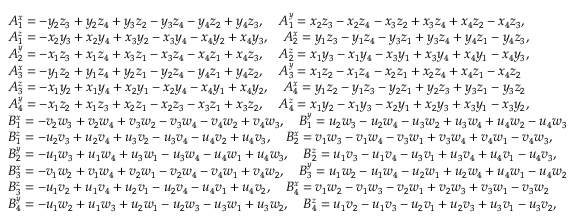
\small \begin{array} { r l } & { A _ { 1 } ^ { x } = - y _ { 2 } z _ { 3 } + y _ { 2 } z _ { 4 } + y _ { 3 } z _ { 2 } - y _ { 3 } z _ { 4 } - y _ { 4 } z _ { 2 } + y _ { 4 } z _ { 3 } , \quad A _ { 1 } ^ { y } = x _ { 2 } z _ { 3 } - x _ { 2 } z _ { 4 } - x _ { 3 } z _ { 2 } + x _ { 3 } z _ { 4 } + x _ { 4 } z _ { 2 } - x _ { 4 } z _ { 3 } , } \\ & { A _ { 1 } ^ { z } = - x _ { 2 } y _ { 3 } + x _ { 2 } y _ { 4 } + x _ { 3 } y _ { 2 } - x _ { 3 } y _ { 4 } - x _ { 4 } y _ { 2 } + x _ { 4 } y _ { 3 } , \quad A _ { 2 } ^ { x } = y _ { 1 } z _ { 3 } - y _ { 1 } z _ { 4 } - y _ { 3 } z _ { 1 } + y _ { 3 } z _ { 4 } + y _ { 4 } z _ { 1 } - y _ { 4 } z _ { 3 } , } \\ & { A _ { 2 } ^ { y } = - x _ { 1 } z _ { 3 } + x _ { 1 } z _ { 4 } + x _ { 3 } z _ { 1 } - x _ { 3 } z _ { 4 } - x _ { 4 } z _ { 1 } + x _ { 4 } z _ { 3 } , \quad A _ { 2 } ^ { z } = x _ { 1 } y _ { 3 } - x _ { 1 } y _ { 4 } - x _ { 3 } y _ { 1 } + x _ { 3 } y _ { 4 } + x _ { 4 } y _ { 1 } - x _ { 4 } y _ { 3 } , } \\ & { A _ { 3 } ^ { x } = - y _ { 1 } z _ { 2 } + y _ { 1 } z _ { 4 } + y _ { 2 } z _ { 1 } - y _ { 2 } z _ { 4 } - y _ { 4 } z _ { 1 } + y _ { 4 } z _ { 2 } , \quad A _ { 3 } ^ { y } = x _ { 1 } z _ { 2 } - x _ { 1 } z _ { 4 } - x _ { 2 } z _ { 1 } + x _ { 2 } z _ { 4 } + x _ { 4 } z _ { 1 } - x _ { 4 } z _ { 2 } } \\ & { A _ { 3 } ^ { z } = - x _ { 1 } y _ { 2 } + x _ { 1 } y _ { 4 } + x _ { 2 } y _ { 1 } - x _ { 2 } y _ { 4 } - x _ { 4 } y _ { 1 } + x _ { 4 } y _ { 2 } , \quad A _ { 4 } ^ { x } = y _ { 1 } z _ { 2 } - y _ { 1 } z _ { 3 } - y _ { 2 } z _ { 1 } + y _ { 2 } z _ { 3 } + y _ { 3 } z _ { 1 } - y _ { 3 } z _ { 2 } } \\ & { A _ { 4 } ^ { y } = - x _ { 1 } z _ { 2 } + x _ { 1 } z _ { 3 } + x _ { 2 } z _ { 1 } - x _ { 2 } z _ { 3 } - x _ { 3 } z _ { 1 } + x _ { 3 } z _ { 2 } , \quad A _ { 4 } ^ { z } = x _ { 1 } y _ { 2 } - x _ { 1 } y _ { 3 } - x _ { 2 } y _ { 1 } + x _ { 2 } y _ { 3 } + x _ { 3 } y _ { 1 } - x _ { 3 } y _ { 2 } , } \\ & { B _ { 1 } ^ { x } = - v _ { 2 } w _ { 3 } + v _ { 2 } w _ { 4 } + v _ { 3 } w _ { 2 } - v _ { 3 } w _ { 4 } - v _ { 4 } w _ { 2 } + v _ { 4 } w _ { 3 } , \quad B _ { 1 } ^ { y } = u _ { 2 } w _ { 3 } - u _ { 2 } w _ { 4 } - u _ { 3 } w _ { 2 } + u _ { 3 } w _ { 4 } + u _ { 4 } w _ { 2 } - u _ { 4 } w _ { 3 } } \\ & { B _ { 1 } ^ { z } = - u _ { 2 } v _ { 3 } + u _ { 2 } v _ { 4 } + u _ { 3 } v _ { 2 } - u _ { 3 } v _ { 4 } - u _ { 4 } v _ { 2 } + u _ { 4 } v _ { 3 } , \quad B _ { 2 } ^ { x } = v _ { 1 } w _ { 3 } - v _ { 1 } w _ { 4 } - v _ { 3 } w _ { 1 } + v _ { 3 } w _ { 4 } + v _ { 4 } w _ { 1 } - v _ { 4 } w _ { 3 } , } \\ & { B _ { 2 } ^ { y } = - u _ { 1 } w _ { 3 } + u _ { 1 } w _ { 4 } + u _ { 3 } w _ { 1 } - u _ { 3 } w _ { 4 } - u _ { 4 } w _ { 1 } + u _ { 4 } w _ { 3 } , \quad B _ { 2 } ^ { z } = u _ { 1 } v _ { 3 } - u _ { 1 } v _ { 4 } - u _ { 3 } v _ { 1 } + u _ { 3 } v _ { 4 } + u _ { 4 } v _ { 1 } - u _ { 4 } v _ { 3 } , } \\ & { B _ { 3 } ^ { x } = - v _ { 1 } w _ { 2 } + v _ { 1 } w _ { 4 } + v _ { 2 } w _ { 1 } - v _ { 2 } w _ { 4 } - v _ { 4 } w _ { 1 } + v _ { 4 } w _ { 2 } , \quad B _ { 3 } ^ { y } = u _ { 1 } w _ { 2 } - u _ { 1 } w _ { 4 } - u _ { 2 } w _ { 1 } + u _ { 2 } w _ { 4 } + u _ { 4 } w _ { 1 } - u _ { 4 } w _ { 2 } } \\ & { B _ { 3 } ^ { z } = - u _ { 1 } v _ { 2 } + u _ { 1 } v _ { 4 } + u _ { 2 } v _ { 1 } - u _ { 2 } v _ { 4 } - u _ { 4 } v _ { 1 } + u _ { 4 } v _ { 2 } , \quad B _ { 4 } ^ { x } = v _ { 1 } w _ { 2 } - v _ { 1 } w _ { 3 } - v _ { 2 } w _ { 1 } + v _ { 2 } w _ { 3 } + v _ { 3 } w _ { 1 } - v _ { 3 } w _ { 2 } } \\ & { B _ { 4 } ^ { y } = - u _ { 1 } w _ { 2 } + u _ { 1 } w _ { 3 } + u _ { 2 } w _ { 1 } - u _ { 2 } w _ { 3 } - u _ { 3 } w _ { 1 } + u _ { 3 } w _ { 2 } , \quad B _ { 4 } ^ { z } = u _ { 1 } v _ { 2 } - u _ { 1 } v _ { 3 } - u _ { 2 } v _ { 1 } + u _ { 2 } v _ { 3 } + u _ { 3 } v _ { 1 } - u _ { 3 } v _ { 2 } , } \end{array}